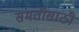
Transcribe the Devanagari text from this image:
संमतीसाठी